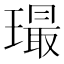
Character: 𤩛